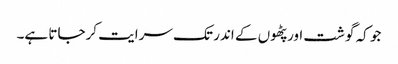
جو کہ گوشت اور پٹھوں کے اندر تک سرایت کرجاتا ہے۔